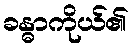
ခန္ဓာကိုယ်၏